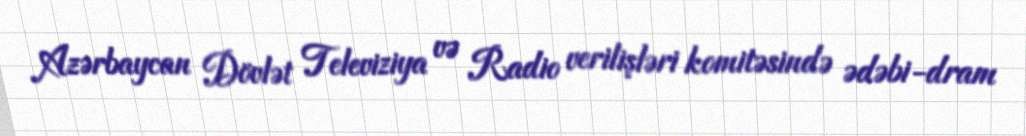
Azərbaycan Dövlət Televiziya və Radio verilişləri komitəsində ədəbi-dram